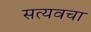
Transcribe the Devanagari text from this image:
सत्यवचा